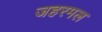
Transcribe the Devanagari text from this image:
जहरमल